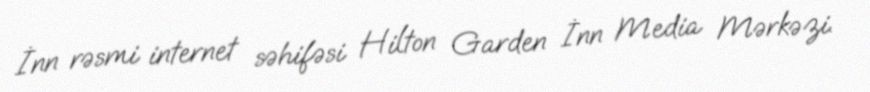
İnn rəsmi internet səhifəsi Hilton Garden İnn Media Mərkəzi.